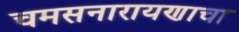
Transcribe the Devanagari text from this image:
चमसनारायणाचा